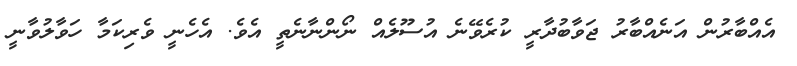
އެއްބާރުން އަނެއްބާރު ޖަވާބުދާރީ ކުރެވޭނެ އުސޫލެއް ނޯންނާނެތީ އެވެ. އެހެނީ ވެރިކަމާ ހަވާލުވާނީ